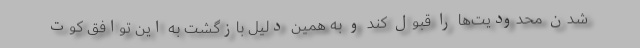
شدن محدودیت‌ها را قبول کند و به همین دلیل بازگشت به این توافق کوت